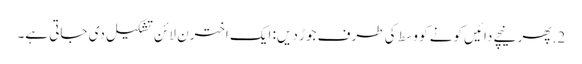
2. پھر نیچے دائیں کونے کو وسط کی طرف جوڑ دیں: ایک اخترن لائن تشکیل دی جاتی ہے۔